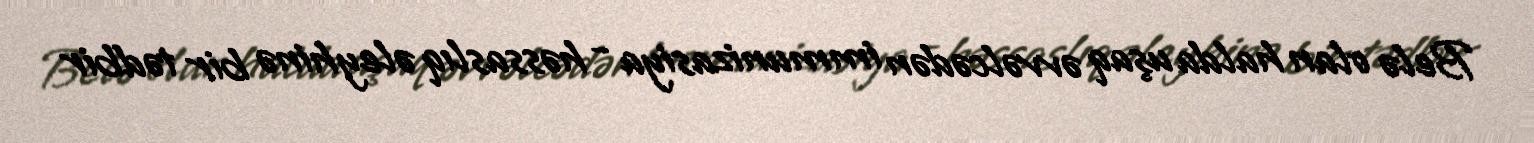
Belə olan halda uşaq əvvəlcədən immunizasiya - həssaslıq əleyhinə bir tədbir